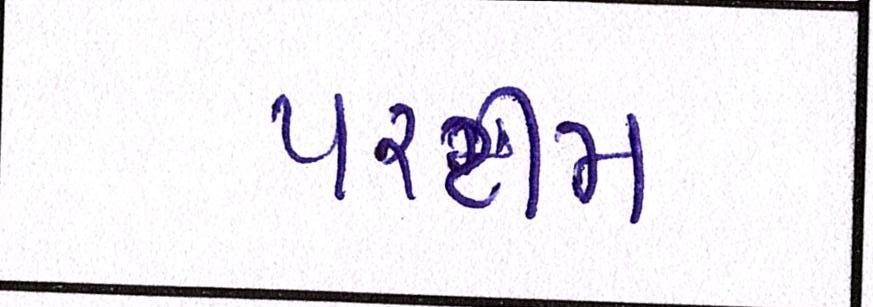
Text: પરટીમ